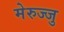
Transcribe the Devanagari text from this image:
मेरुज्जु